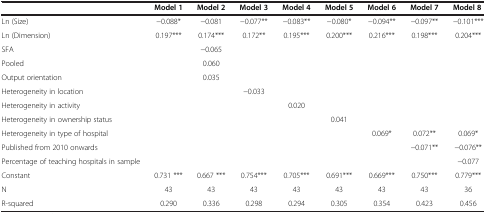
<table><thead><tr><td><b> </b></td><td><b>Model 1</b></td><td><b>Model 2</b></td><td><b>Model 3</b></td><td><b>Model 4</b></td><td><b>Model 5</b></td><td><b>Model 6</b></td><td><b>Model 7</b></td><td><b>Model 8</b></td></tr></thead><tbody><tr><td>Ln (Size)</td><td>−0.088*</td><td>−0.081</td><td>−0.077**</td><td>−0.083**</td><td>−0.080*</td><td>−0.094**</td><td>−0.097**</td><td>−0.101***</td></tr><tr><td>Ln (Dimension)</td><td>0.197***</td><td>0.174***</td><td>0.172**</td><td>0.195***</td><td>0.200***</td><td>0.216***</td><td>0.198***</td><td>0.204***</td></tr><tr><td>SFA</td><td> </td><td>−0.065</td><td> </td><td> </td><td> </td><td> </td><td> </td><td> </td></tr><tr><td>Pooled</td><td> </td><td>0.060</td><td> </td><td> </td><td> </td><td> </td><td> </td><td> </td></tr><tr><td>Output orientation</td><td> </td><td>0.035</td><td> </td><td> </td><td> </td><td> </td><td> </td><td> </td></tr><tr><td>Heterogeneity in location</td><td> </td><td> </td><td>−0.033</td><td> </td><td> </td><td> </td><td> </td><td> </td></tr><tr><td>Heterogeneity in activity</td><td> </td><td> </td><td> </td><td>0.020</td><td> </td><td> </td><td> </td><td> </td></tr><tr><td>Heterogeneity in ownership status</td><td> </td><td> </td><td> </td><td> </td><td>0.041</td><td> </td><td> </td><td> </td></tr><tr><td>Heterogeneity in type of hospital</td><td> </td><td> </td><td> </td><td> </td><td> </td><td>0.069*</td><td>0.072**</td><td>0.069*</td></tr><tr><td>Published from 2010 onwards</td><td> </td><td> </td><td> </td><td> </td><td> </td><td> </td><td>−0.071**</td><td>−0.076**</td></tr><tr><td>Percentage of teaching hospitals in sample</td><td> </td><td> </td><td> </td><td> </td><td> </td><td> </td><td> </td><td>−0.077</td></tr><tr><td>Constant</td><td>0.731 ***</td><td>0.667 ***</td><td>0.754***</td><td>0.705***</td><td>0.691***</td><td>0.669***</td><td>0.750***</td><td>0.779***</td></tr><tr><td>N</td><td>43</td><td>43</td><td>43</td><td>43</td><td>43</td><td>43</td><td>43</td><td>36</td></tr><tr><td>R-squared</td><td>0.290</td><td>0.336</td><td>0.298</td><td>0.294</td><td>0.305</td><td>0.354</td><td>0.423</td><td>0.456</td></tr></tbody></table>